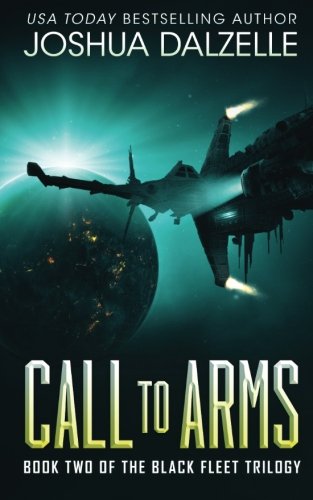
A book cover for Call to Arms: Black Fleet Trilogy, Book 2 (Volume 2); Joshua Dalzelle; Science Fiction & Fantasy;